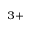
^ { 3 + }